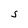
Character: S